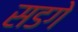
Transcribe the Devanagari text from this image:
सडगे